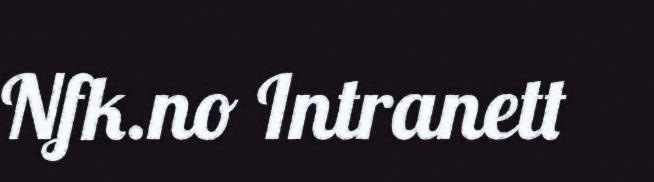
Nfk.no Intranett